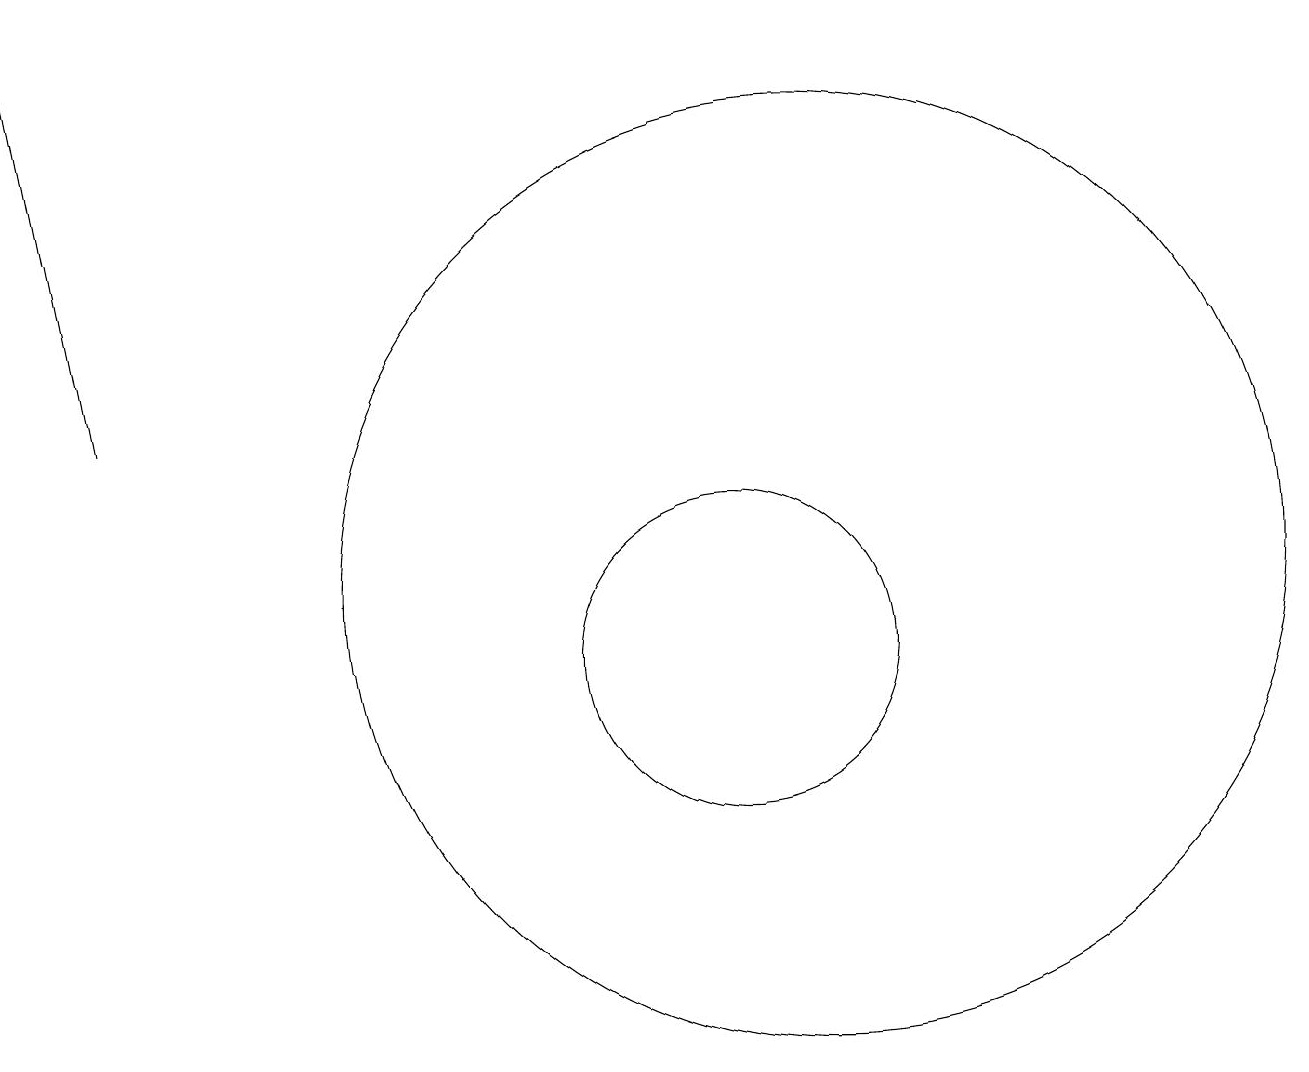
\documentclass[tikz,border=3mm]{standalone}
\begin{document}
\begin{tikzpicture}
\draw[->] (2,13) -- (1,18);
\draw (10,10) circle (2);
\draw (11,11) circle (6);
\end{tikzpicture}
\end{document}